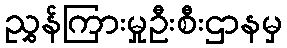
ညွှန်ကြားမှုဦးစီးဌာနမှ